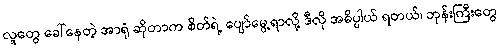
လူတွေ ခေါ်နေတဲ့ အာရုံ ဆိုတာက စိတ်ရဲ့ ပျော်မွေ့ရာလို့ ဒီလို အဓိပ္ပါယ် ရတယ်၊ ဘုန်းကြီးတွေ